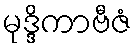
မုဒ္ဒိကာဗီဇံ